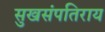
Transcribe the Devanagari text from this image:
सुखसंपतिराय